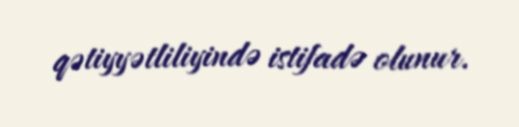
qətiyyətliliyində istifadə olunur.